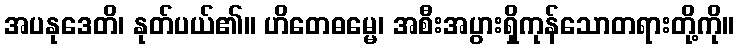
အပနုဒေတိ၊ နုတ်ပယ်၏။ ဟိတေဓမ္မေ၊ အစီးအပွားရှိကုန်သောတရားတို့ကို။